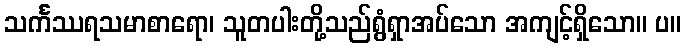
သင်္ကဿရသမာစာရော၊ သူတပါးတို့သည်ရွံရှာအပ်သော အကျင့်ရှိသော။ ပ။